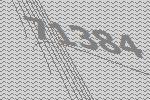
71384